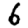
Digit: 6